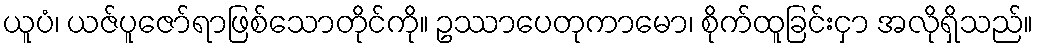
ယူပံ၊ ယဇ်ပူဇော်ရာဖြစ်သောတိုင်ကို။ ဥဿာပေတုကာမော၊ စိုက်ထူခြင်းငှာ အလိုရှိသည်။